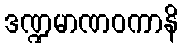
ဒဏ္ဍမာဏဝကာနိ